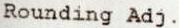
ROUNDING ADJ.